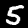
Digit: 5